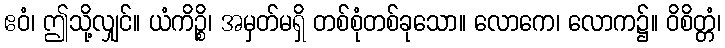
ဧဝံ၊ ဤသို့လျှင်။ ယံကိဉ္စိ၊ အမှတ်မရှိ တစ်စုံတစ်ခုသော။ လောကေ၊ လောက၌။ ဝိစိတ္တံ၊